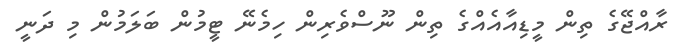
ރާއްޖޭގެ ތިން މީޑިއާއެއްގެ ތިން ނޫސްވެރިން ހިމެނޭ ޓީމުން ބަލަމުން މި ދަނީ